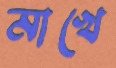
মাখে